Annual report of the Imperial Bacteriological Laboratory, Muktesar
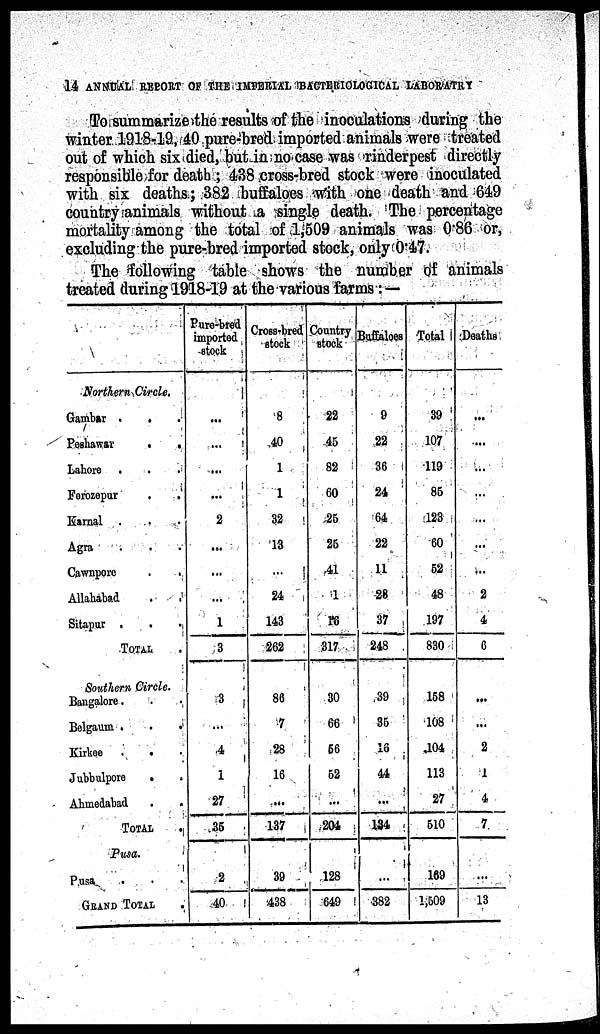
14 ANNUAL REPORT OF THE IMPERIAL BACTERIOLOGICAL LABORATRY
To summarize the results of the inoculations during the
winter 1918-19, 40 pure-bred imported animals were treated
out of which six died, but in no case was rinderpest directly
responsible for death ; 438 cross-bred stock were inoculated
with six deaths; 382 buffaloes with one death and 649
country animals without a single death. The percentage
mortality among the total of 1,509 animals was 0.86 or,
excluding the pure-bred imported stock, only 0.47.
The following table shows the number of animals
treated during 1918-19 at the various farms: —
Northern Circle.
Gambar . . .
Peshawar
.
.
Lahore .
Ferozepur
Karnal ...
Agra
Cawnpore
.
.
Allahabad
.
.
Sitapur .
TOTAL
Southern Circle.
Bangalore.
Belgaum .
.
.
Kirkee
.
.
Jubbulpore
.
Ahmedabad
TOTAL
.
Pusa.
Pusa
.
GRAND TOTAL
Pure-bred
imported
stock
...
...
...
...
2
...
...
...
1
3
3
...
4
1
27
35
2
40
Cross-bred
stock
8
40
1
1
32
13
...
24
143
262
86
7
28
16
...
137
39
438
Country
stock
22
45
82
60
25
25
41
1
16
317
30
66
56
52
...
204
128
649
Buffaloes
9
22
36
24
64
22
11
28
37
248
39
35
16
44
...
134
...
382
Total
39
107
119
85
123
60
52
48
197
830
158
108
104
113
27
510
169
1,509
Deaths
...
...
...
...
...
...
...
2
4
6
...
...
2
1
4
7
...
13